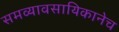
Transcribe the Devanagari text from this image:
समव्यावसायिकानेच